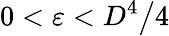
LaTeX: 0<\varepsilon<D^{4}\big/4